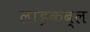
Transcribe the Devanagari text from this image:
लाइकब्ल